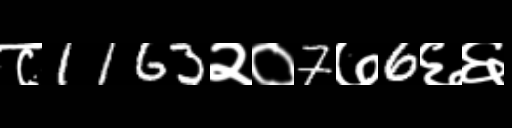
Text: ८1163२०7७6६६